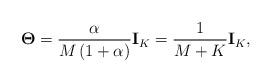
LaTeX: \begin{align*}\mathbf{\Theta} = {\alpha \over M \left(1+\alpha \right)} \mathbf{I}_K = {1 \over M + K} \mathbf{I}_K,\end{align*}